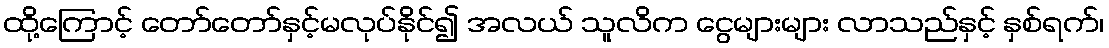
ထို့ကြောင့် တော်တော်နှင့်မလုပ်နိုင်၍ အလယ် သူလိက ငွေများများ လာသည်နှင့် နှစ်ရက်၊